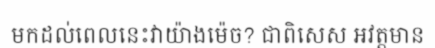
មកដល់ពេលនេះវាយ៉ាងម៉េច? ជាពិសេស អវត្តមាន